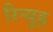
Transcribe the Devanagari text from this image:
रिन्युड़